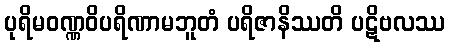
ပုရိမဝဏ္ဏဝိပရိဏာမဘူတံ ပရိဇာနိဿတိ ပဋိဗလဿ